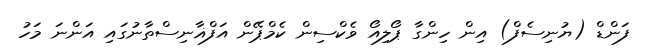
ފަންޑް (ޔުނިސެފް) އިން ހިންގާ ޕޯލިއޯ ވެކްސިން ކެމްޕޭން އަފްޣާނިސްތާނުގައި އަންނަ މަހު